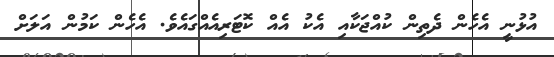
އުޅުނީ އެހެން ދެތިން ކުއްޖަކާއި އެކު އެއް ކޮޓަރިއެއްގައެވެ. އެހެން ކަމުން އަލަށް